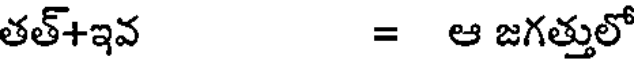
తత్+ఇవ = ఆ జగత్తులో